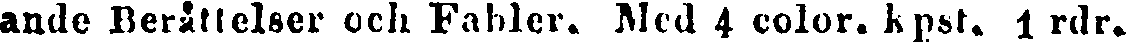
ande Berättelser och Fabler. Med 4 color. kpst. 1 rdr.